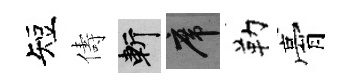
短儔斬席勒膏